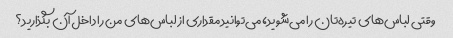
وقتی لباس‌های تیره‌تان را می‌شوید، می‌توانید مقداری از لباس‌های من را داخل آن بگذارید؟